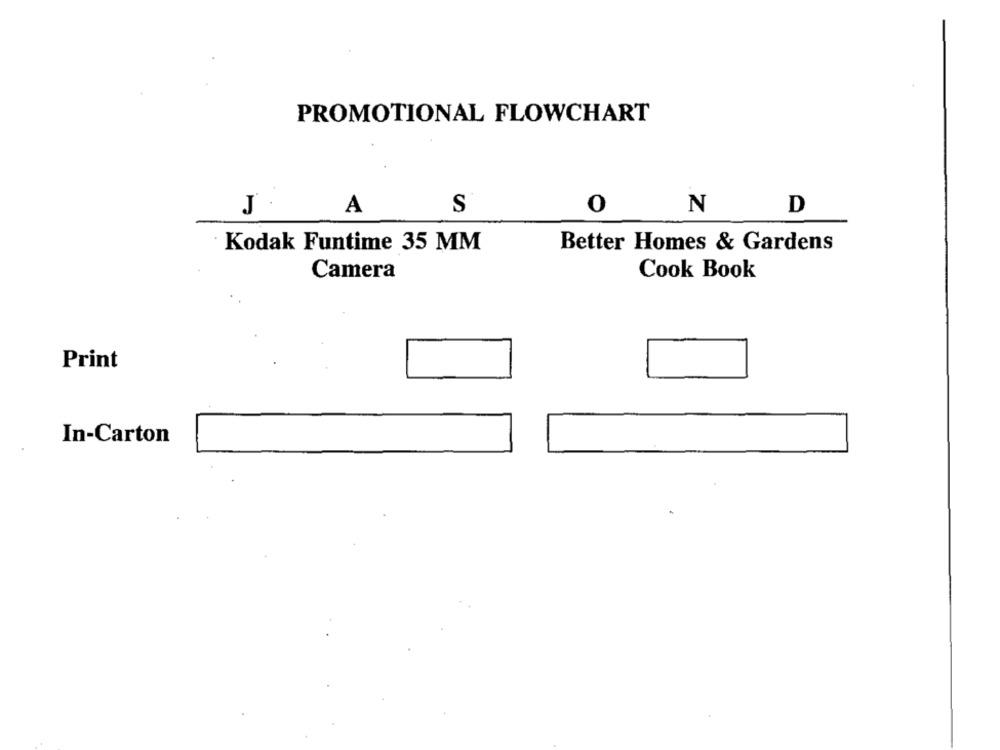
PROMOTIONAL FLOWCHART
A
S
0
N
D
J
Kodak Funtime 35 MM
Better Homes & Gardens
Camera
Cook Book
Print
In-Carton